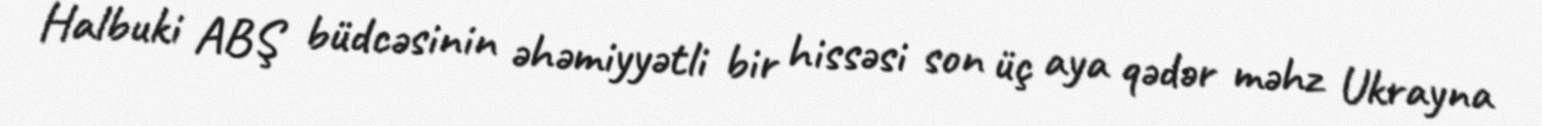
Halbuki ABŞ büdcəsinin əhəmiyyətli bir hissəsi son üç aya qədər məhz Ukrayna